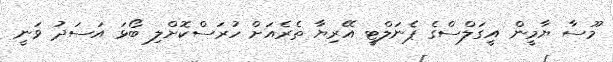
މޫސާ ޔާމީން އީގަލްސްގެ ޕެނަލްޓީ އޭރިޔާ ތެރެއަށް ހުރަސްކޮށްލި ބޯޅަ އަސަދު ވަނީ